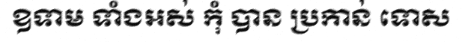
ឧទាម ទាំងអស់ កុំ បាន ប្រកាន់ ទោស